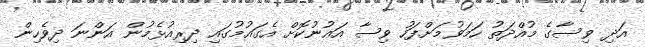
އަދި ވިސާގެ މުއްދަތު ހަމަވުމަށްފަހު ވިސާ އައުނުކޮށް އެގައުމުގައި ދިރިއުޅެމުން އަންނަ ދިވެހިން